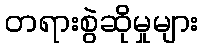
တရားစွဲဆိုမှုများ